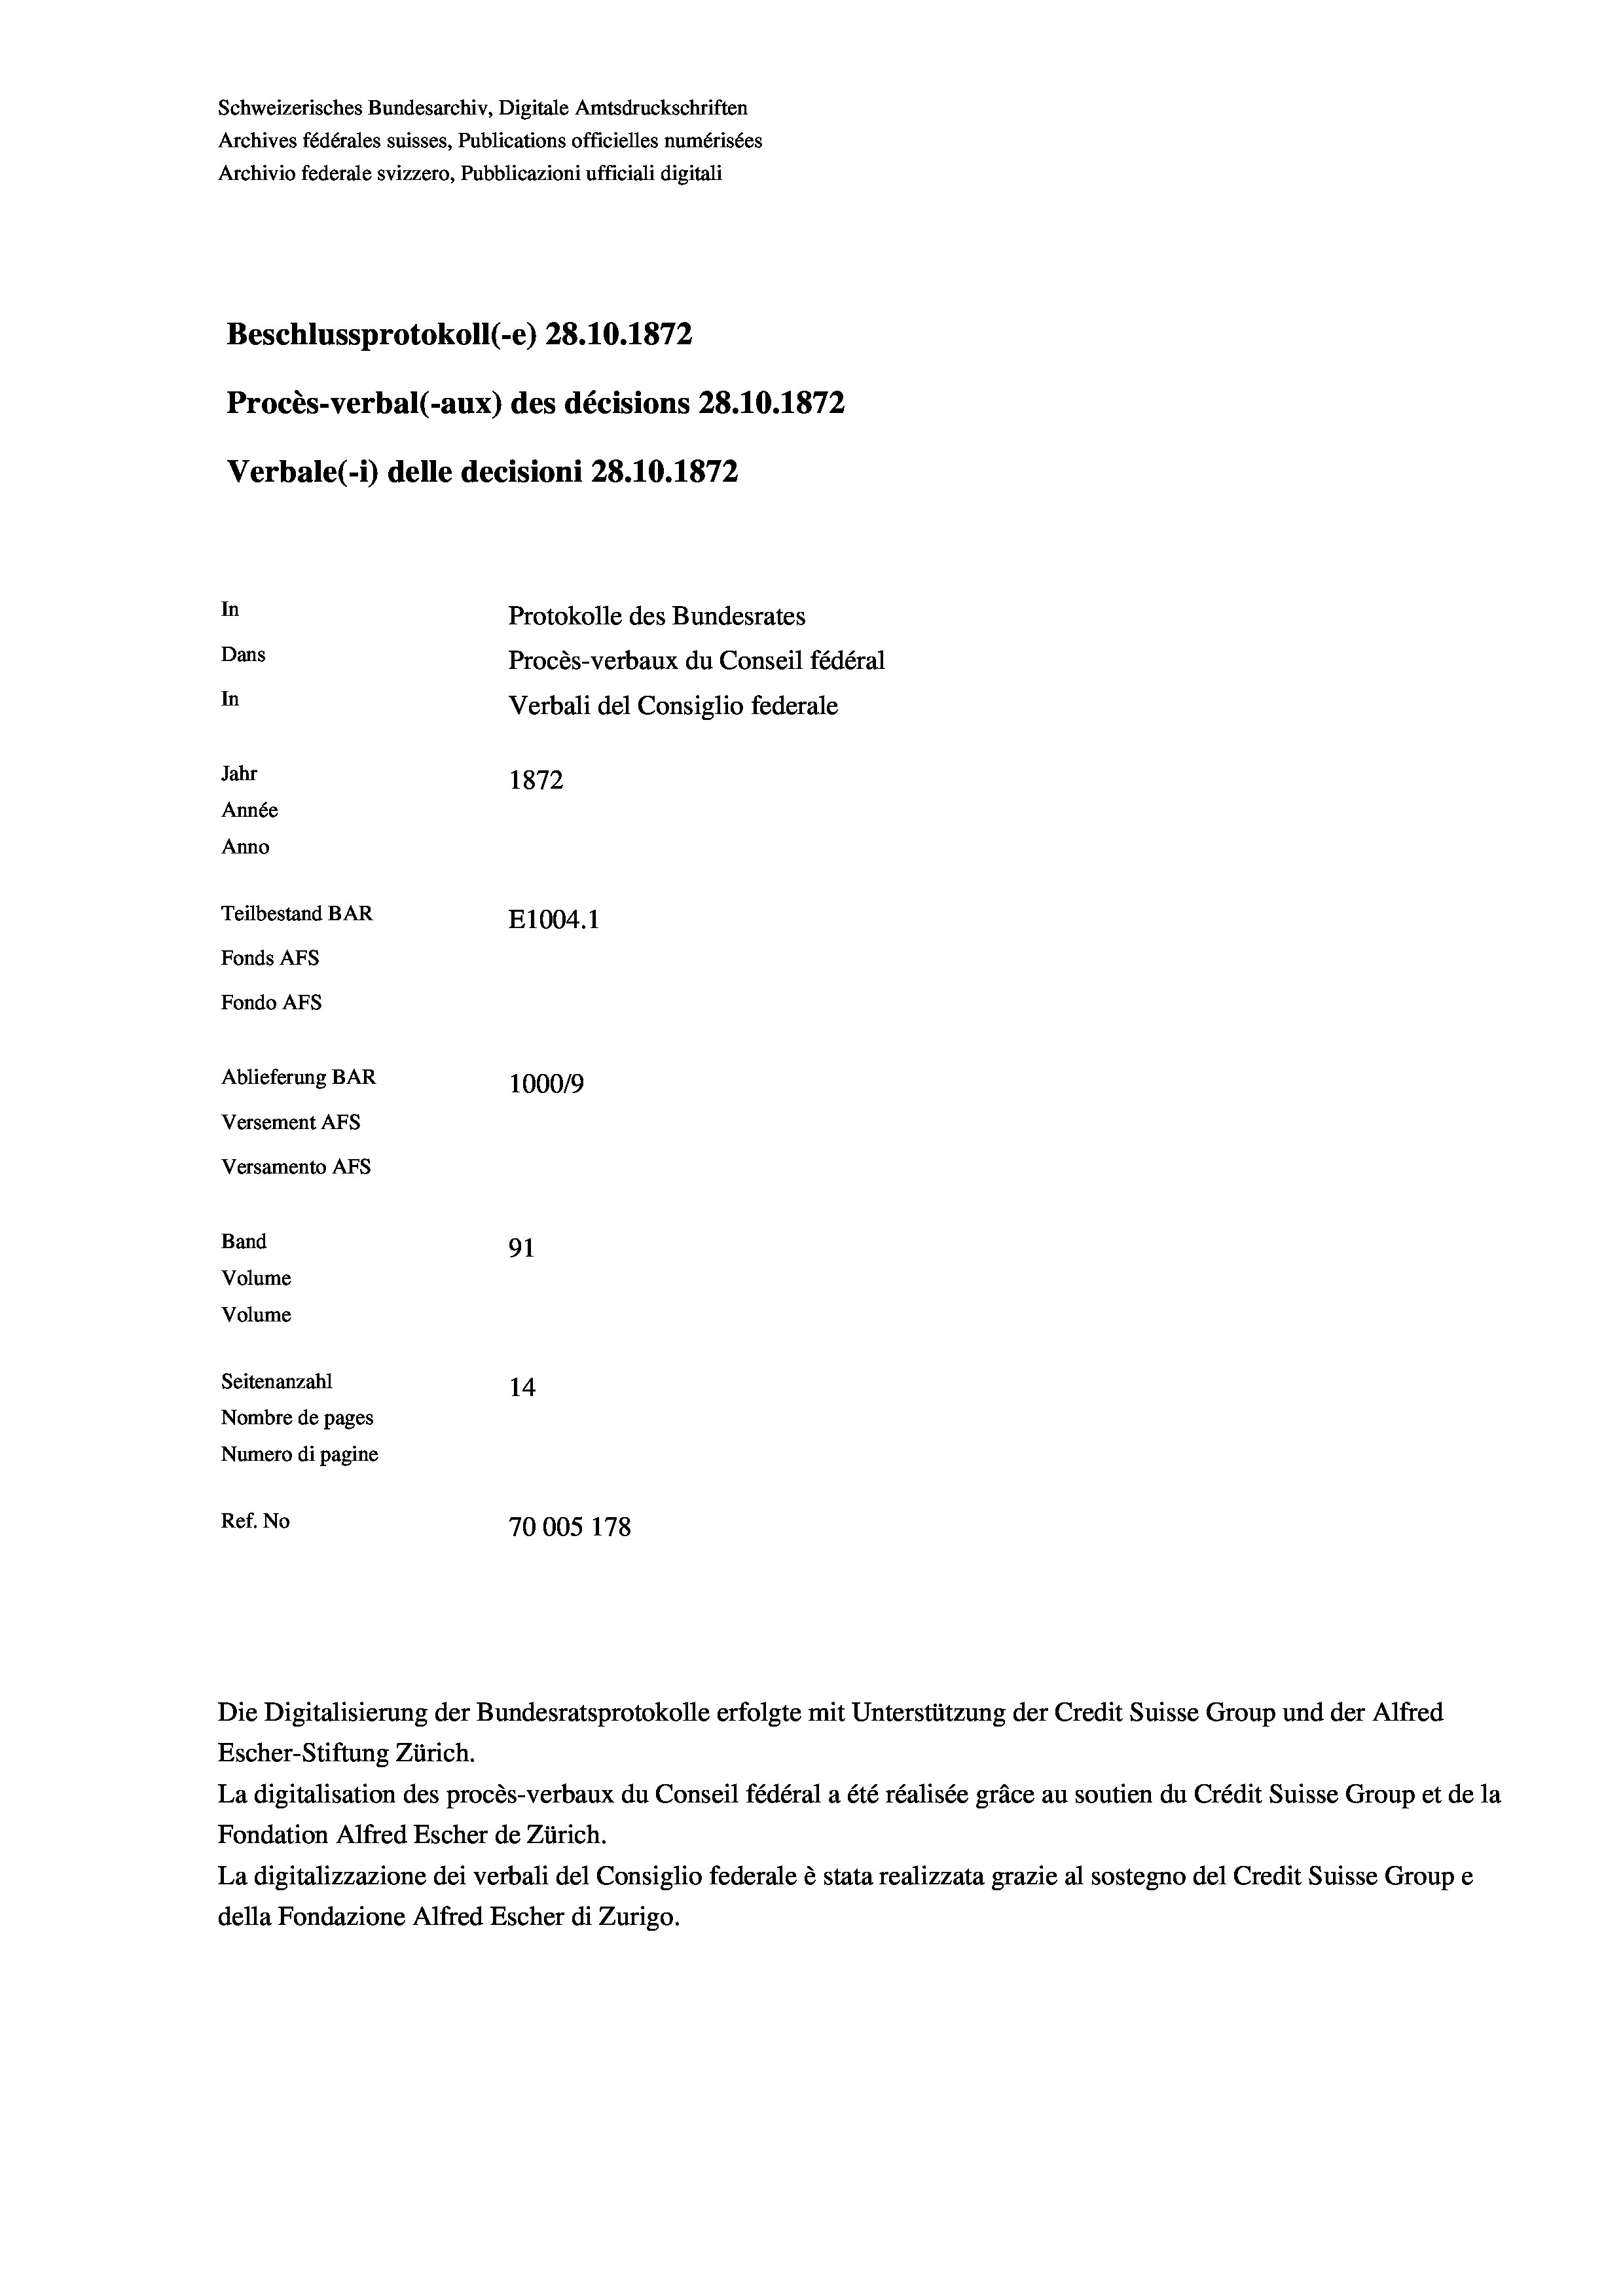
Schweizerisches Bundesarchiv, Digitale Amtsdruckschriften
Archives fédérales suisses, Publications officielles numérisées
Archivio federale svizzero, Pubblicazioni ufficiali digitali
Beschlussprotokoll (-e) 28.10.1872
Procès-verbal (-aux) des décisions 28.10.1872
Verbale (- 1) delle decisioni 28.10.1872
In
Protokolle des Bundesrates
Dans
Procès-verbaux du Conseil fédéral
In
Verbali del Consiglio federale
Jahr
1872
Année
Anno
Teilbestand BAR
E1004. 1
Fonds Afs
Fondo Afs
Ablieferung BAR
100019
Versement Abs
Versamento Afs
Band
91
Volume
Volume
Seitenanzahl
14
Nombre de pages
Numero di pagine
Ref. No
70005 178

Escher-Stiftung Zürich.
La digitalisation des procès-verbaux du Conseil fédéral a été réalisée gräce au soutien du Crédit Suisse Group et de la
Fondation Alfred Escher de Zürich.
La digitalizzazione dei verbali del Consiglio federale è stata realizzata grazie al sostegno del Credit Suisse Groupe
della Fondazione Alfred Escher di Zurigo.

Die Digitalisierung der Bundesratsprotokolle erfolgte mit Unterstützung der Credit Suisse Group und der Alfred